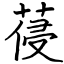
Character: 葠